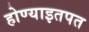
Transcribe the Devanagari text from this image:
होण्याइतपत